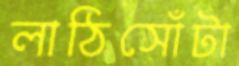
লাঠিসোঁটা